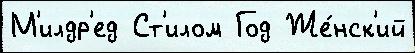
М'илдр'ед Ст'илом Год Же́нск'ий